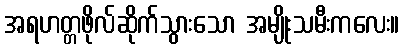
အရဟတ္တဖိုလ်ဆိုက်သွားသော အမျိုးသမီးကလေး။